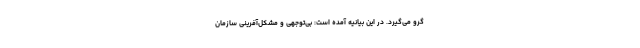
گرو می‌گیرد. در این بیانیه آمده است: بی‌توجهی و مشکل‌آفرینی سازمان